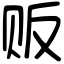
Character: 贩